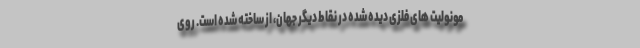
مونولیت های فلزی دیده شده در نقاط دیگر جهان، از ساخته شده است. روی